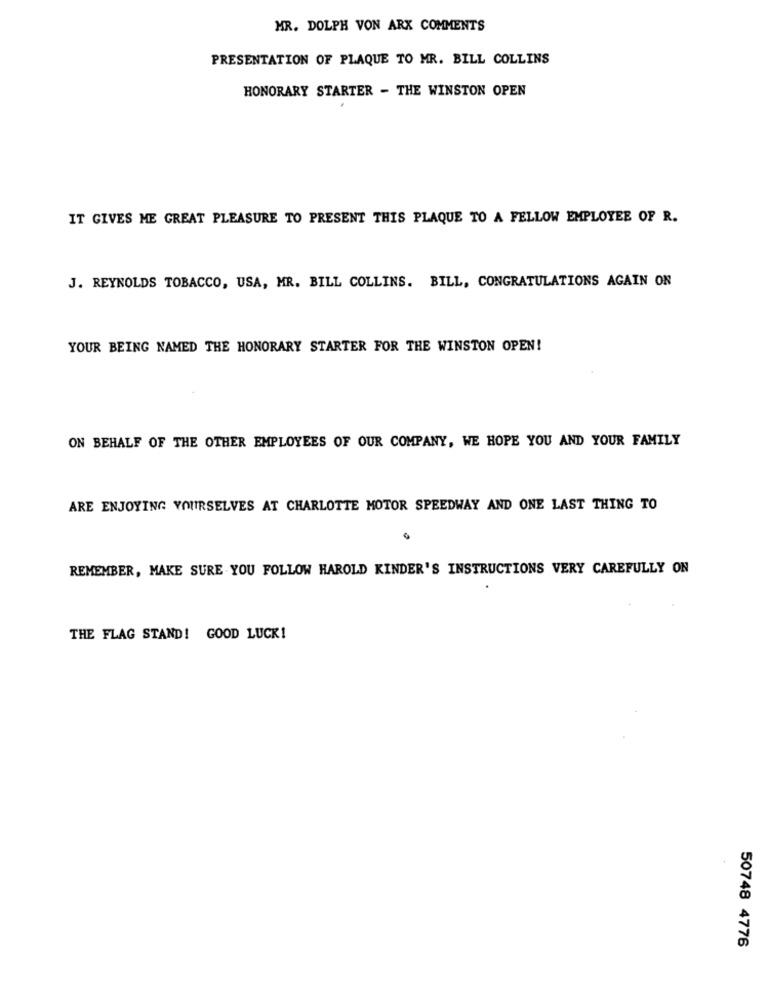
MR. DOLPH VON ARX COMMENTS
PRESENTATION OF PLAQUE TO MR. BILL COLLINS
HONORARY STARTER - THE WINSTON OPEN
IT GIVES ME GREAT PLEASURE TO PRESENT THIS PLAQUE TO A FELLOW EMPLOYEE OF R.
J. REYNOLDS TOBACCO, USA, MR. BILL COLLINS. BILL, CONGRATULATIONS AGAIN ON
YOUR BEING NAMED THE HONORARY STARTER FOR THE WINSTON OPEN!
ON BEHALF OF THE OTHER EMPLOYEES OF OUR COMPANY, WE HOPE YOU AND YOUR FAMILY
ARE ENJOYING YOURSELVES AT CHARLOTTE MOTOR SPEEDWAY AND ONE LAST THING TO
REMEMBER, MAKE SURE YOU FOLLOW HAROLD KINDER'S INSTRUCTIONS VERY CAREFULLY ON
THE FLAG STAND! GOOD LUCK!
50748 4776